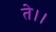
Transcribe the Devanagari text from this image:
ते।।